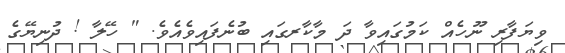
ވިޔަފާރި ނޫހެއް ކަމުގައިވާ ދަ މާކާރގައި ބުނެފައިވެއެވެ. " ހޭލާ ! ދުނިޔޭގެ